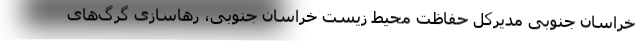
خراسان جنوبی مدیرکل حفاظت محیط زیست خراسان جنوبی، رهاسازی گرگ‌های